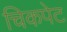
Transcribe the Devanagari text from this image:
चिकपेट